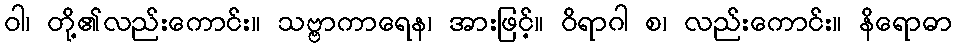
ဝါ၊ တို့၏လည်းကောင်း။ သဗ္ဗာကာရေန၊ အားဖြင့်။ ဝိရာဂါ စ၊ လည်းကောင်း။ နိရောဓာ